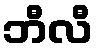
ဘီလီ